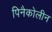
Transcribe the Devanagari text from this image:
पिनैकोलीन